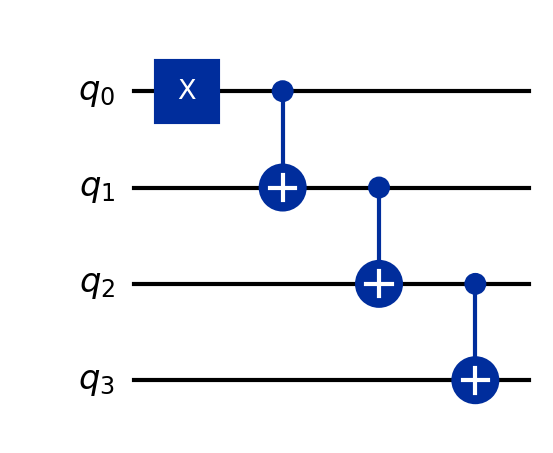
Description: Quantum shift register
描述: 量子移位寄存器
Category: intermediate (difficulty: intermediate)
Qubits: 4, circuit depth: 4

Braket implementation:
from braket.circuits import Circuit
circuit = Circuit().x(0).cnot(0, 1).cnot(1, 2).cnot(2, 3)